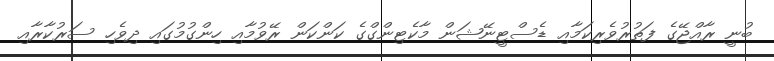
ބުނީ ރާއްޖޭގެ ފަތުރުވެރިކަމާއި ޑެސްޓީނޭޝަން މާކެޓިންގްގެ ކަންކަން ރޭވުމާއި ހިންގުމުގައި ދިވެހި ސަރުކާރާއި